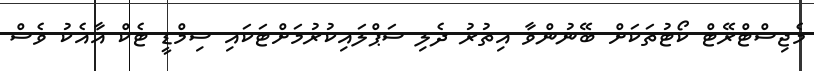
މެޖިސްޓްރޭޓް ކޯޓުތަކަށް ބޭނުންވާ އިތުރު ދެލި ސަޕްލައިކުރުމަށްޓަކައި ސިމްޑީ ޓެކް އާއެކު ވެސް